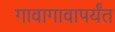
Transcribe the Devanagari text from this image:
गावागावापर्यंत